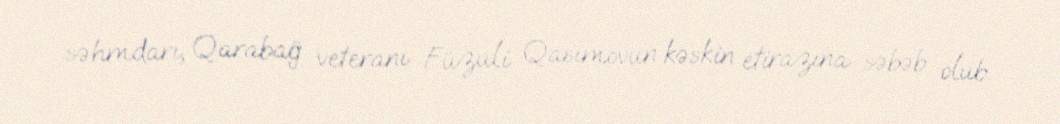
səhmdarı, Qarabağ veteranı Füzuli Qasımovun kəskin etirazına səbəb olub.